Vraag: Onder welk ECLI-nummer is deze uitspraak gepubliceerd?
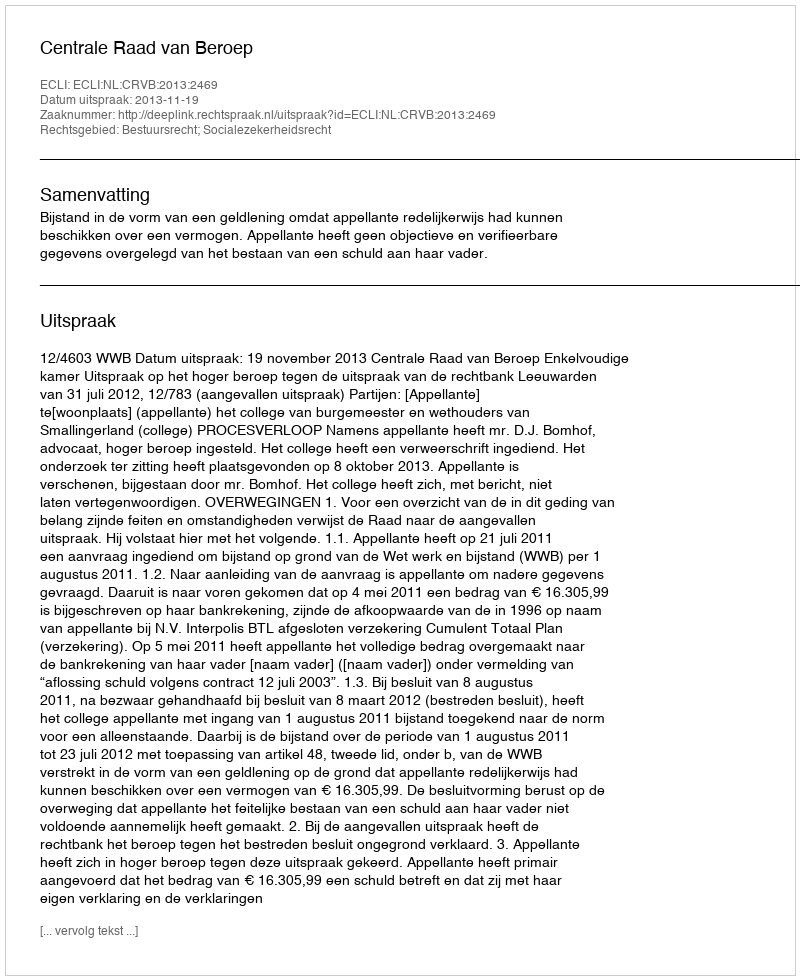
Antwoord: ECLI:NL:CRVB:2013:2469